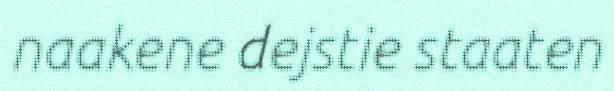
naakene dejstie staaten